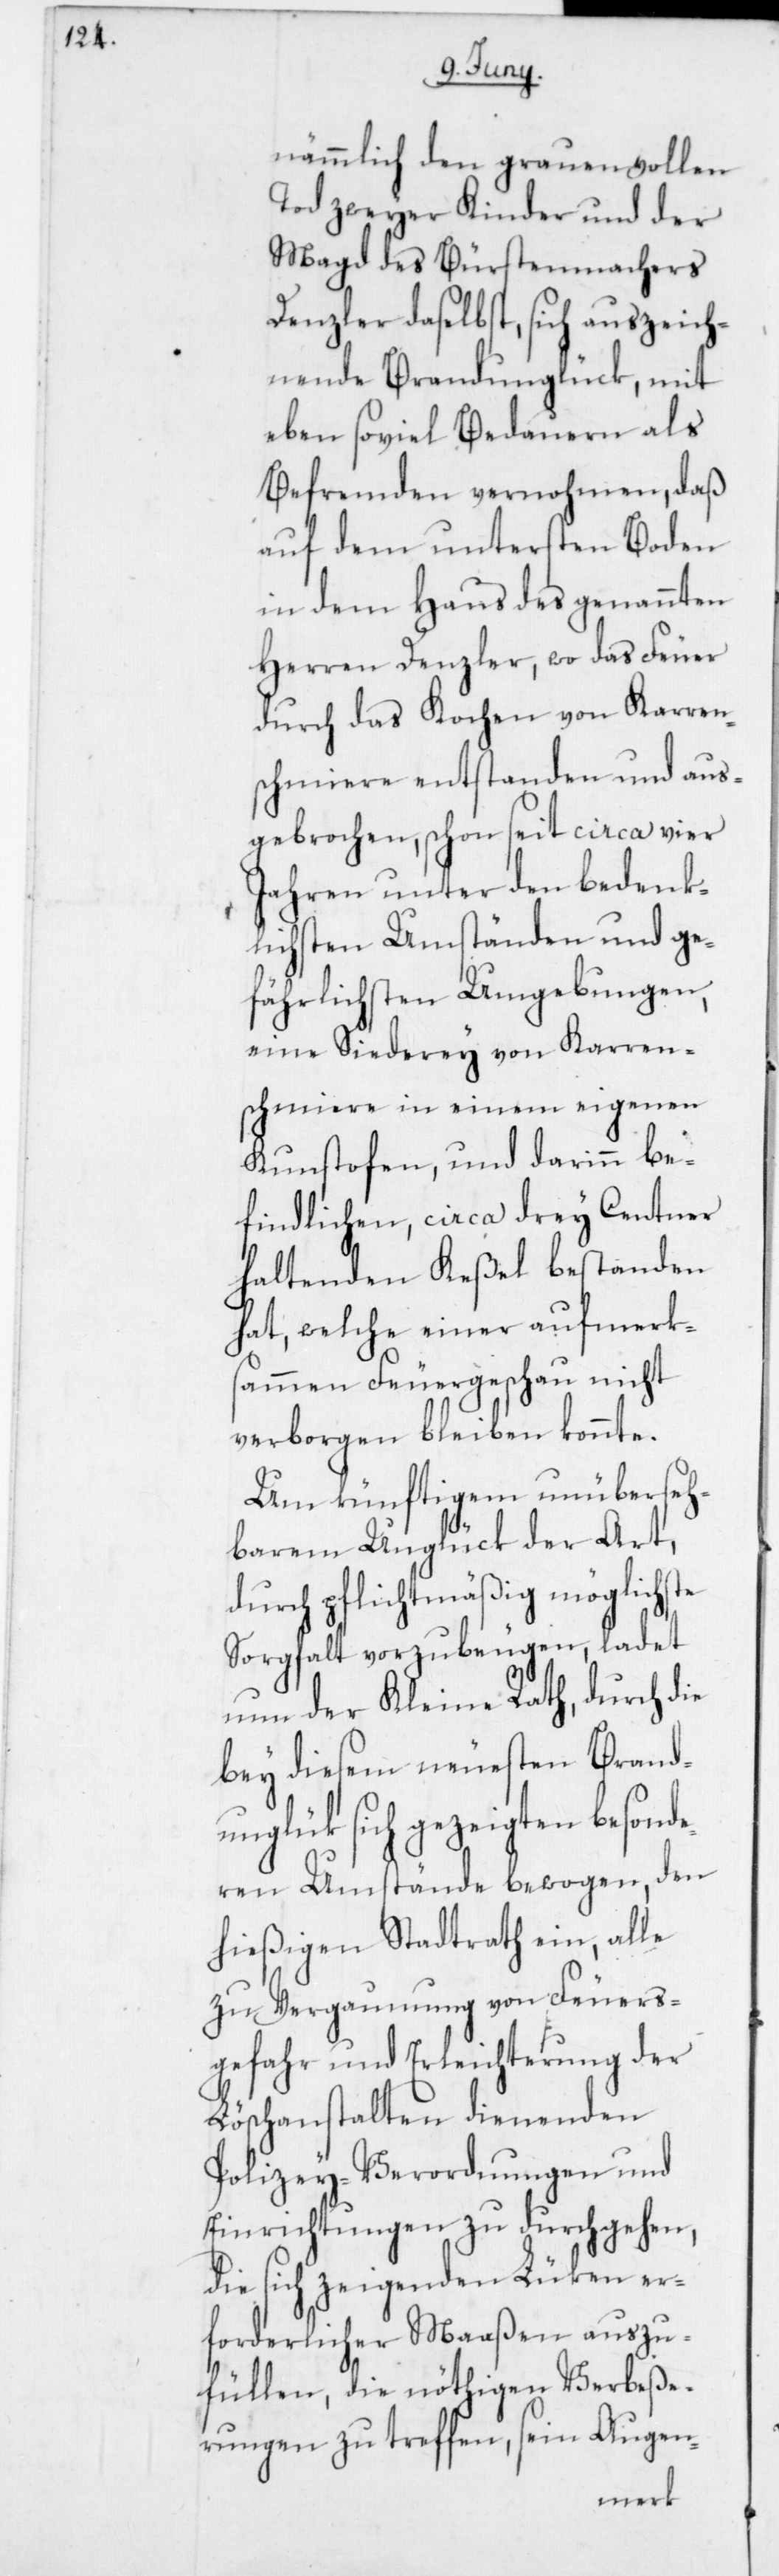
nämmlich den grauenvollen
Tod zweyer Kinder und der
Magd des Bürstenmachers
Denzler daselbst, sich auszeich¬
nende Brandunglück, mit
eben so viel Bedauern als
Befremden vernohmen, daß
auf dem untersten Boden
in dem Haus des genannten
Herren Denzler, wo das Feuer
durch das Kochen von Karren¬
schmiere entstanden und aus¬
gebrochen, schon seit circa vier
Jahren unter den bedenk¬
lichsten Umständen und ge¬
fährlichsten Umgebungen,
eine Siederey von Karren¬
schmiere in einem eigenen
Kunstofen, und darinn be¬
findlichen, circa drey Centner
haltenden Keßel bestanden
hat, welche einer aufmerks¬
ammen Feuergeschau nicht
verborgen bleiben konnte.
Um künftigem unüberseh¬
barem Unglück der Art,
durch pflichtmäßig möglichste
Sorgfalt vorzubeugen, ladet
nun der Kleine Rath, durch die
bey diesem neuesten Brand¬
unglük sich gezeigten besonde¬
ren Umstände bewogen, den
hießigen Stadtrath ein, alle
zu Vergaumung von Feuers¬
gefahr und Erleichterung der
Löschanstalten dienenden
Polizey-Verordnungen und
Einrichtungen zu durchgehen,
die sich zeigenden Lüken er¬
forderlicher Maaßen auszu¬
füllen, die nöthigen Verbeße¬
rungen zu treffen, sein Augen-